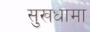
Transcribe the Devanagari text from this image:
सुखधामा